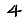
Digit: 4